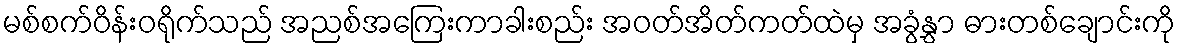
မစ်စက်ဝိန်းဝရိုက်သည် အညစ်အကြေးကာခါးစည်း အဝတ်အိတ်ကတ်ထဲမှ အခွံနွှာ ဓားတစ်ချောင်းကို